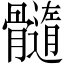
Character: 髓